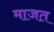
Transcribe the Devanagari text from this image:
माजत